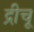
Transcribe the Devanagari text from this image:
द्रीचू